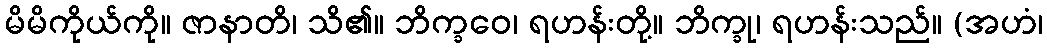
မိမိကိုယ်ကို။ ဇာနာတိ၊ သိ၏။ ဘိက္ခဝေ၊ ရဟန်းတို့။ ဘိက္ခု၊ ရဟန်းသည်။ (အဟံ၊